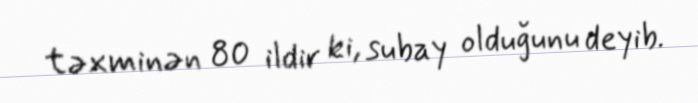
təxminən 80 ildir ki, subay olduğunu deyib.